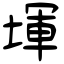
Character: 堚